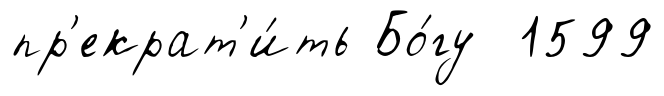
пр'екрат'и́ть Бо́гу 1599